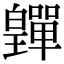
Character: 𤾺